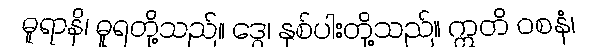
ဓူရာနိ၊ ဓူရတို့သည်။ ဒွေ၊ နှစ်ပါးတို့သည်။ ဣတိ ဝစနံ၊